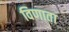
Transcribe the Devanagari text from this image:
विणाता